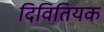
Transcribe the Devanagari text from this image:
दिवितियक